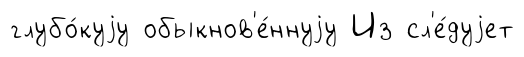
глубо́куjу обыкнов'е́ннуjу Из сл'е́дуjет